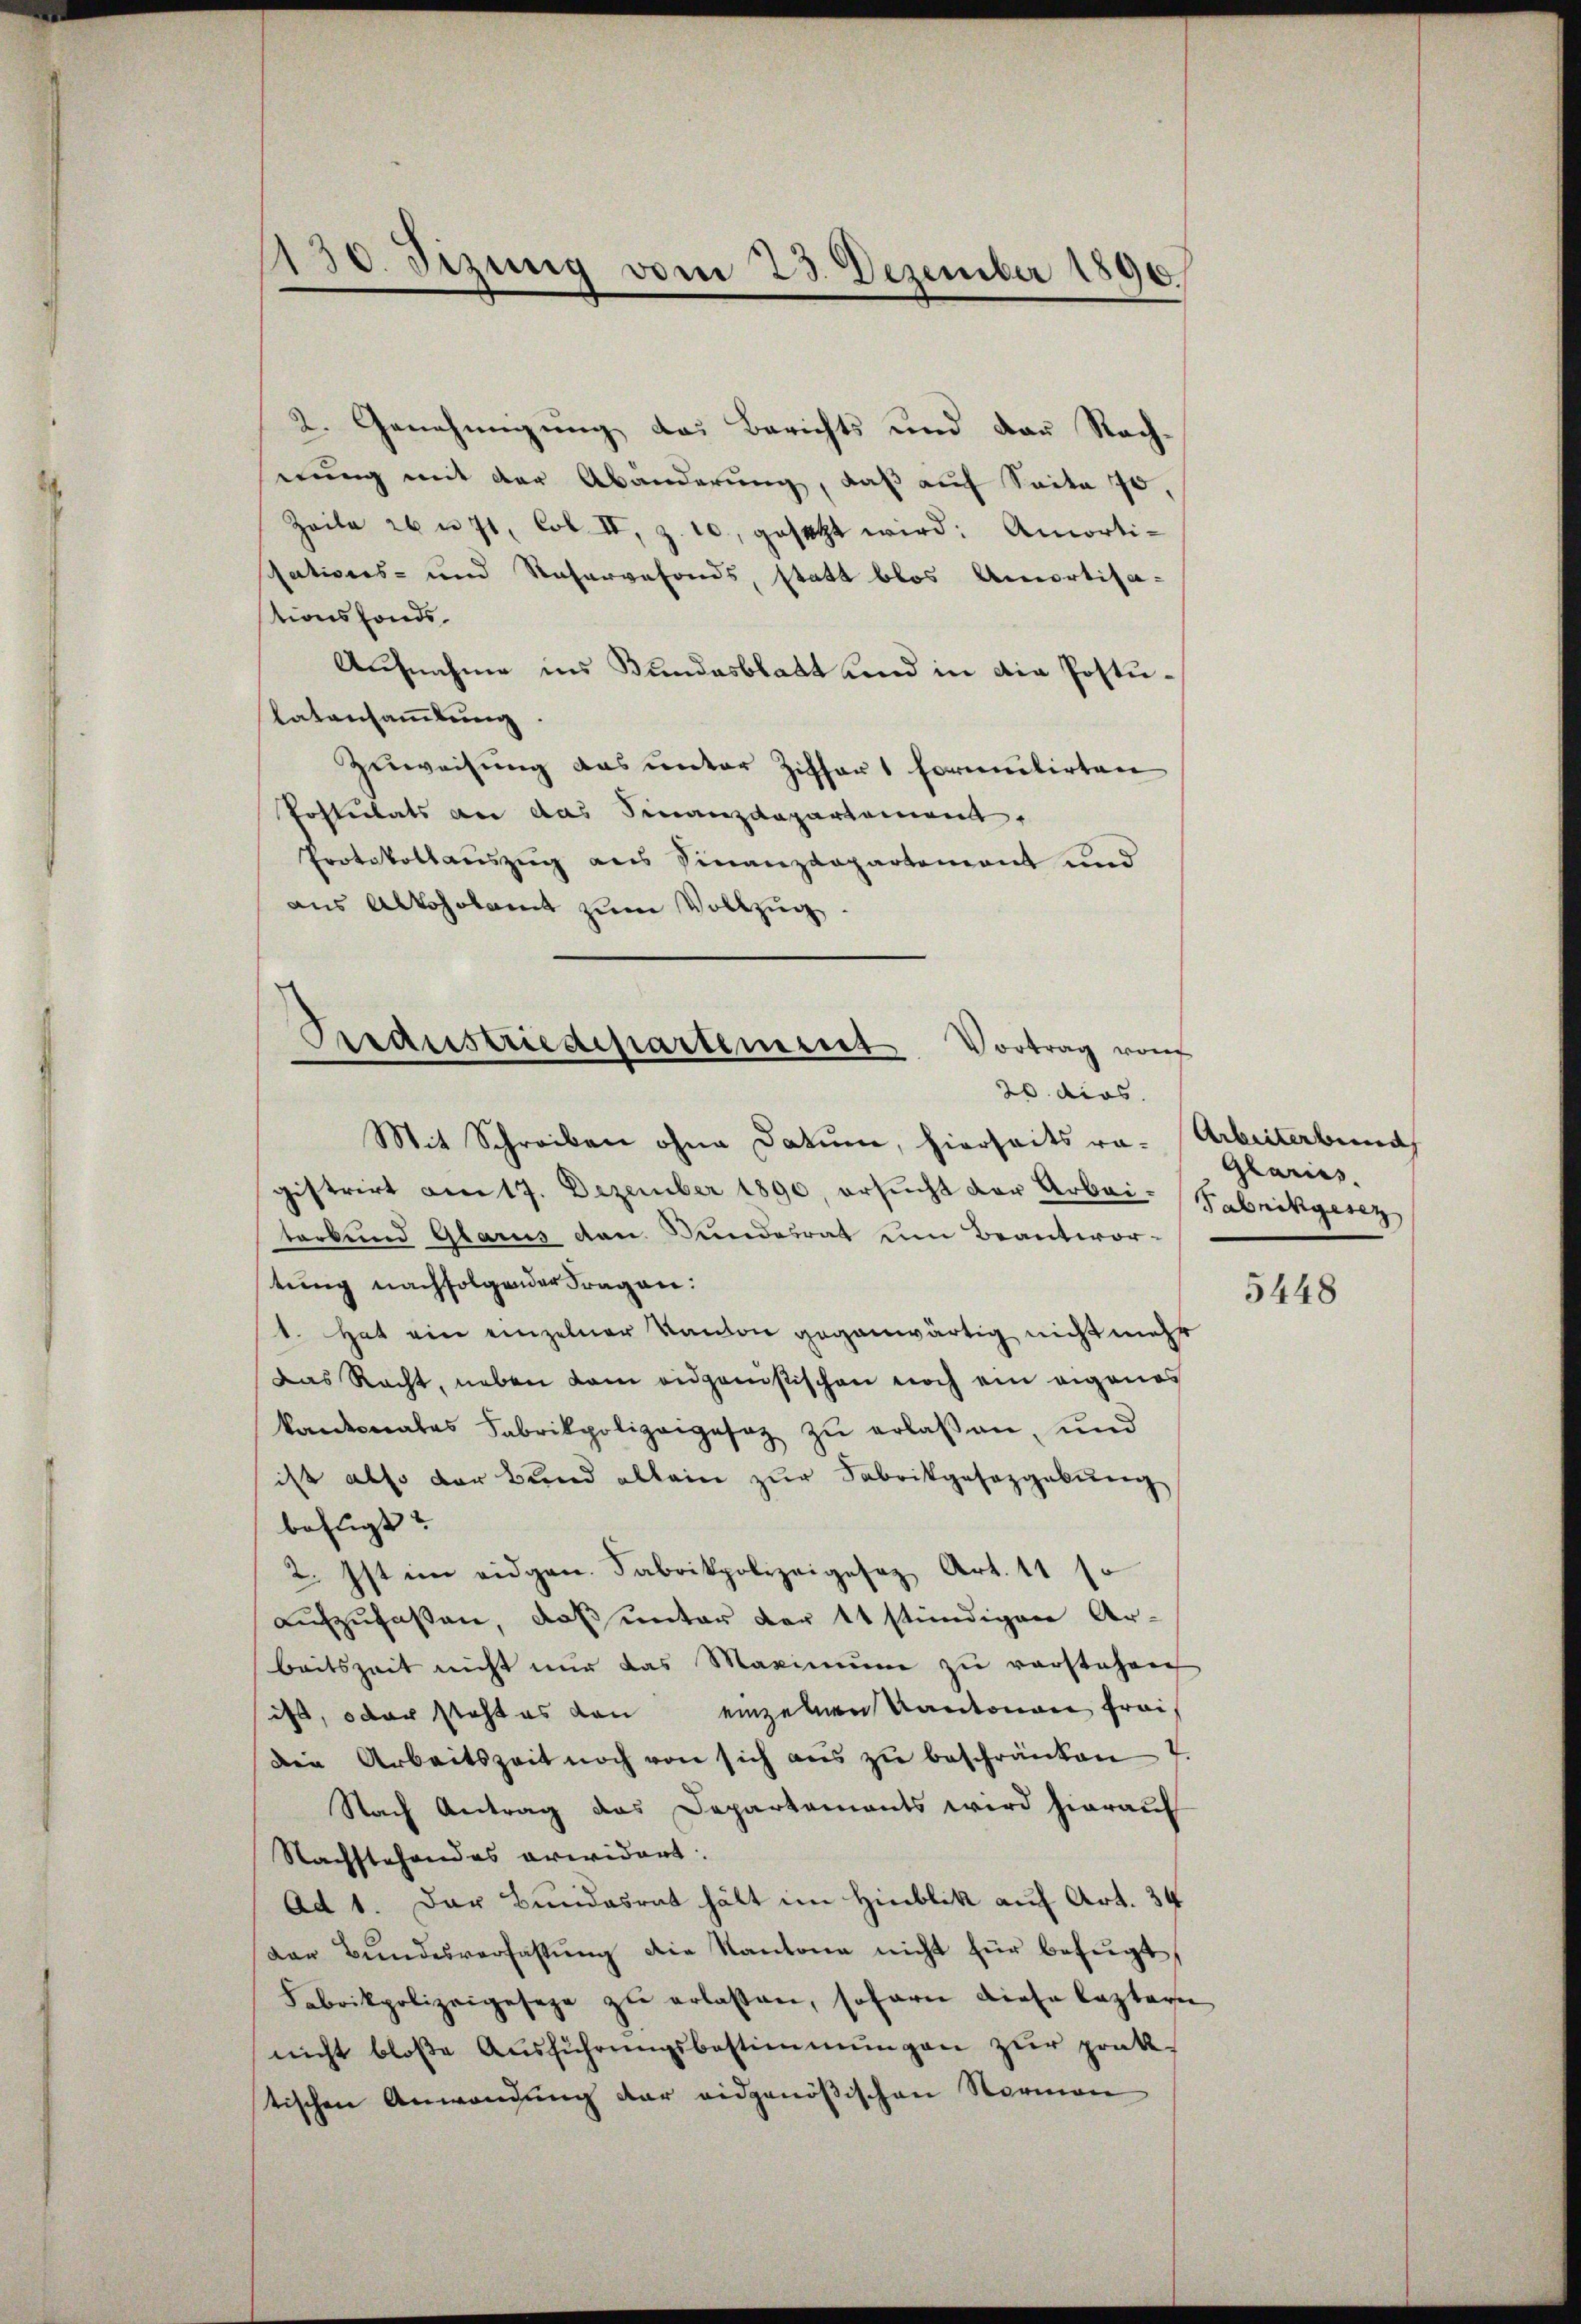
130. Sizung vom 23. Dezember 1890

2. Genehmigung das Berichts und der Nach-
nung mit der Abänderung, daß auf Seite 70,
Zeile 26 u. 71, Col. II, z. 10, gesetzt wird: Amorti-
sations- und Naservefonds, statt blos Amortisa-
tionsfonds¬
Aufnahme ins Bundesblatt und in die Postulatansamlung.
Zuweisung das unter Ziffert formulirten
Postulats an das Finanzdepartement,
Protokollauszug aus Finanzdepartement und
aus Alkoholamt zum Vollzug.

Oeraustriedepartement Vortrag von
20. dies

Mit Schreiben ohne Datum, hierseits ra- Arbeiterbund
gistrirt am 17. Dezember 1890, ersucht der Arbei- Gabrikgenz
terbund Glarus von Bundesrat um Beantwortung nachfolgender Fragen:
1. Hat ein einzelner Kanton gegenwärtig nicht mehr
Das Recht, neben kam eidganistischen noch ein eigenes
kantonales Fabrikpolizeigesez zu erlaßen, und
ist also der Bund allein zur Fabrikgesetzgebung
befugt?
2. Ist im eidgen. Fabrikpolizeigesez Art. 11 so
aufzufassen, daß unter der 11 stündigen Ar-
beitszeit nicht nur das Maximum zu vorstehen
ist, oder steht es von einzelnen Kantonen frei¬
Die Arbeitszeit noch von sich aus zu beschränken
Nach Antrag das Departements wird hierauf
Nachstehendes erwidert.
Ad 1. Der Bundesrat hält im Hinblik auf Art. 34
van Bŭndesverfassŭng die Kantone nicht für befugt,
Fabrikpolizeigeseze zŭ erlaßen, sofern diese Captage
nicht bloβe Aŭsführŭngsbestimmungen zŭr prak-
stischen Anwendung der eidgenößischen Norman

Glariss.

5448